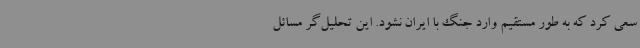
سعی کرد که به طور مستقیم وارد جنگ با ایران نشود. این تحلیل‌گر مسائل